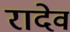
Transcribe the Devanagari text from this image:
रादेव